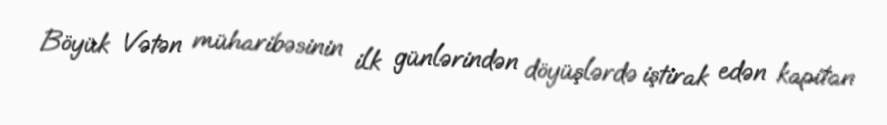
Böyük Vətən müharibəsinin ilk günlərindən döyüşlərdə iştirak edən kapitan